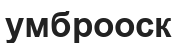
умброоск